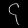
Digit: ၄